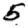
Digit: 5